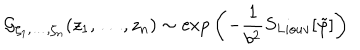
{ \cal G } _ { \zeta _ { 1 } , \ldots , \zeta _ { n } } ( z _ { 1 } , \ldots , z _ { n } ) \sim \exp { \left( - { \frac { 1 } { b ^ { 2 } } } S _ { L i o u v } [ \tilde { \varphi } ] \right) }